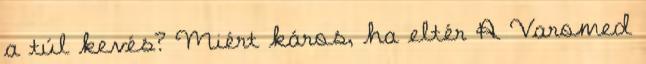
a túl kevés? Miért káros, ha eltér A Varomed